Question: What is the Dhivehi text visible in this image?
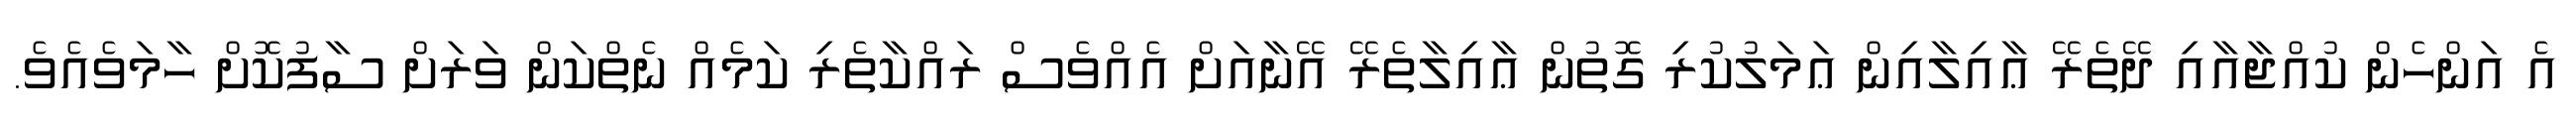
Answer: އެ އަންހެން ކުއްޖާއާއި ދޭތެރޭ ޢާއިލާއިން ޢަމަލުކުރި ގޮތުން ޢާއިލާތެރޭ އޭނާއަށް އެއްވެސް ރައްކާތެރި ކަމެއް ނެތްކަން ވަރަށް ސާފުކޮށް ހާމަވެއެވެ.